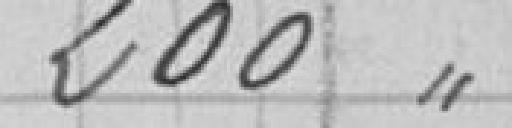
200